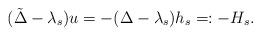
LaTeX: \begin{align*} (\tilde \Delta - \lambda_s)u = -(\Delta - \lambda_s)h_s =: -H_s. \end{align*}